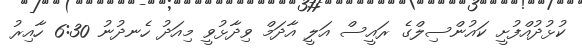
ކުޅުދުއްފުށީ ކައުންސިލްގެ ރައީސް އަލީ އާދަމް ވިދާޅުވީ މިއަދު ހެނދުނު 6:30 ހާއިރު